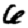
Digit: 6